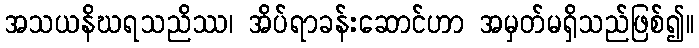
အသယနိဃရသညိဿ၊ အိပ်ရာခန်းဆောင်ဟာ အမှတ်မရှိသည်ဖြစ်၍။